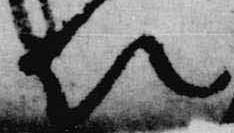
以